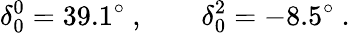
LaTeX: \delta_{0}^{0}=39.1^{\circ}~,\qquad\delta_{0}^{2}=-8.5^{\circ}~.